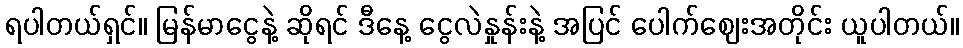
ရပါတယ်ရှင်။ မြန်မာငွေနဲ့ ဆိုရင် ဒီနေ့ ငွေလဲနှုန်းနဲ့ အပြင် ပေါက်ဈေးအတိုင်း ယူပါတယ်။